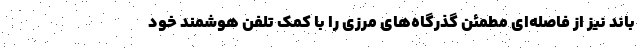
باند نیز از فاصله‌ای مطمئن گذرگاه‌های مرزی را با کمک تلفن هوشمند خود